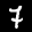
Label: 7